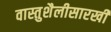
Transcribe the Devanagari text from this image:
वास्तुशैलीसारखी